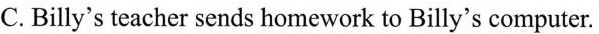
C.Billy's teacher sends homework to Billy's computer.